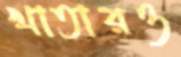
খাতারও